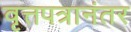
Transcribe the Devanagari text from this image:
वृत्तपत्रानंतर